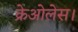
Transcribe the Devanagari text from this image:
क्रेओलेस।